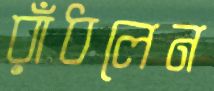
রাঁধলেন